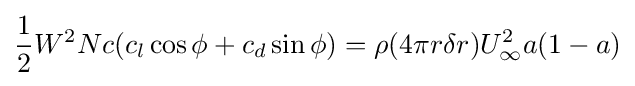
{\frac {1}{2}}W^{2}Nc(c_{l}\cos \phi +c_{d}\sin \phi )=\rho (4\pi r\delta r)U_{\infty }^{2}a(1-a)